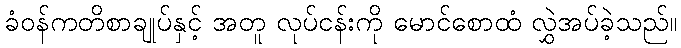
ခံဝန်ကတိစာချုပ်နှင့် အတူ လုပ်ငန်းကို မောင်စောထံ လွှဲအပ်ခဲ့သည်။